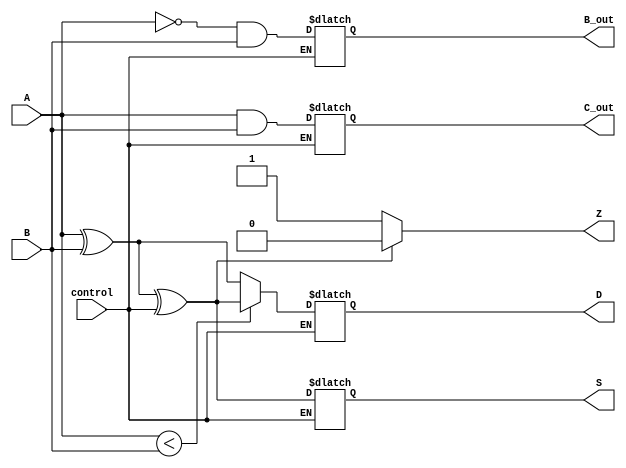
module ALU (
    input wire A,
    input wire B,
    input wire control,
    output reg S,
    output reg D,
    output reg C_out,
    output reg B_out,
    output reg Z
);

reg sum_temp, diff_temp;

always @ (A or B) begin
    if (control == 1'b0) begin // Addition
        sum_temp = A ^ B;
        C_out = A & B;
        S = sum_temp ^ control;
    end else begin // Subtraction
        diff_temp = A ^ B;
        B_out = ~A & B;
        if (A < B) begin
            D = diff_temp ^ control;
        end else begin
            D = diff_temp;
        end
    end
    
    if (S == 1'b0) begin
        Z = 1'b1; // Set zero flag
    end else begin
        Z = 1'b0;
    end
end

endmodule